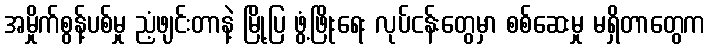
အမှိုက်စွန့်ပစ်မှု ညံ့ဖျင်းတာနဲ့ မြို့ပြ ဖွံ့ဖြိုးရေး လုပ်ငန်းတွေမှာ စစ်ဆေးမှု မရှိတာတွေက